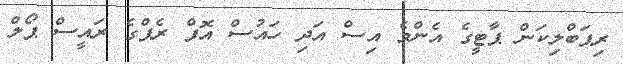
ރިޕަބްލިކަން ޕާޓީގެ އެންމެ އިސް އަދި ހައުސް އޮފް ރެޕްގެ ރައީސް ޕޯލް